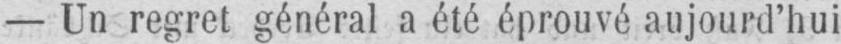
- Un regret général a été éprouvé aujourd’hui